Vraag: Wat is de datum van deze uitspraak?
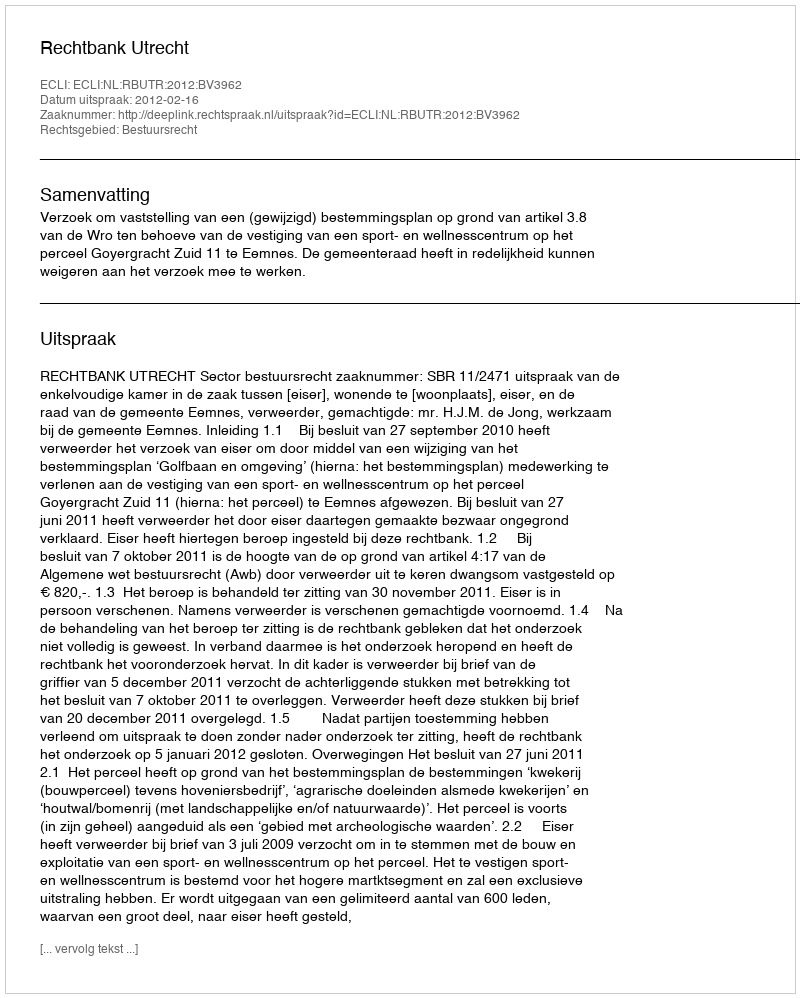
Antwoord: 2012-02-16